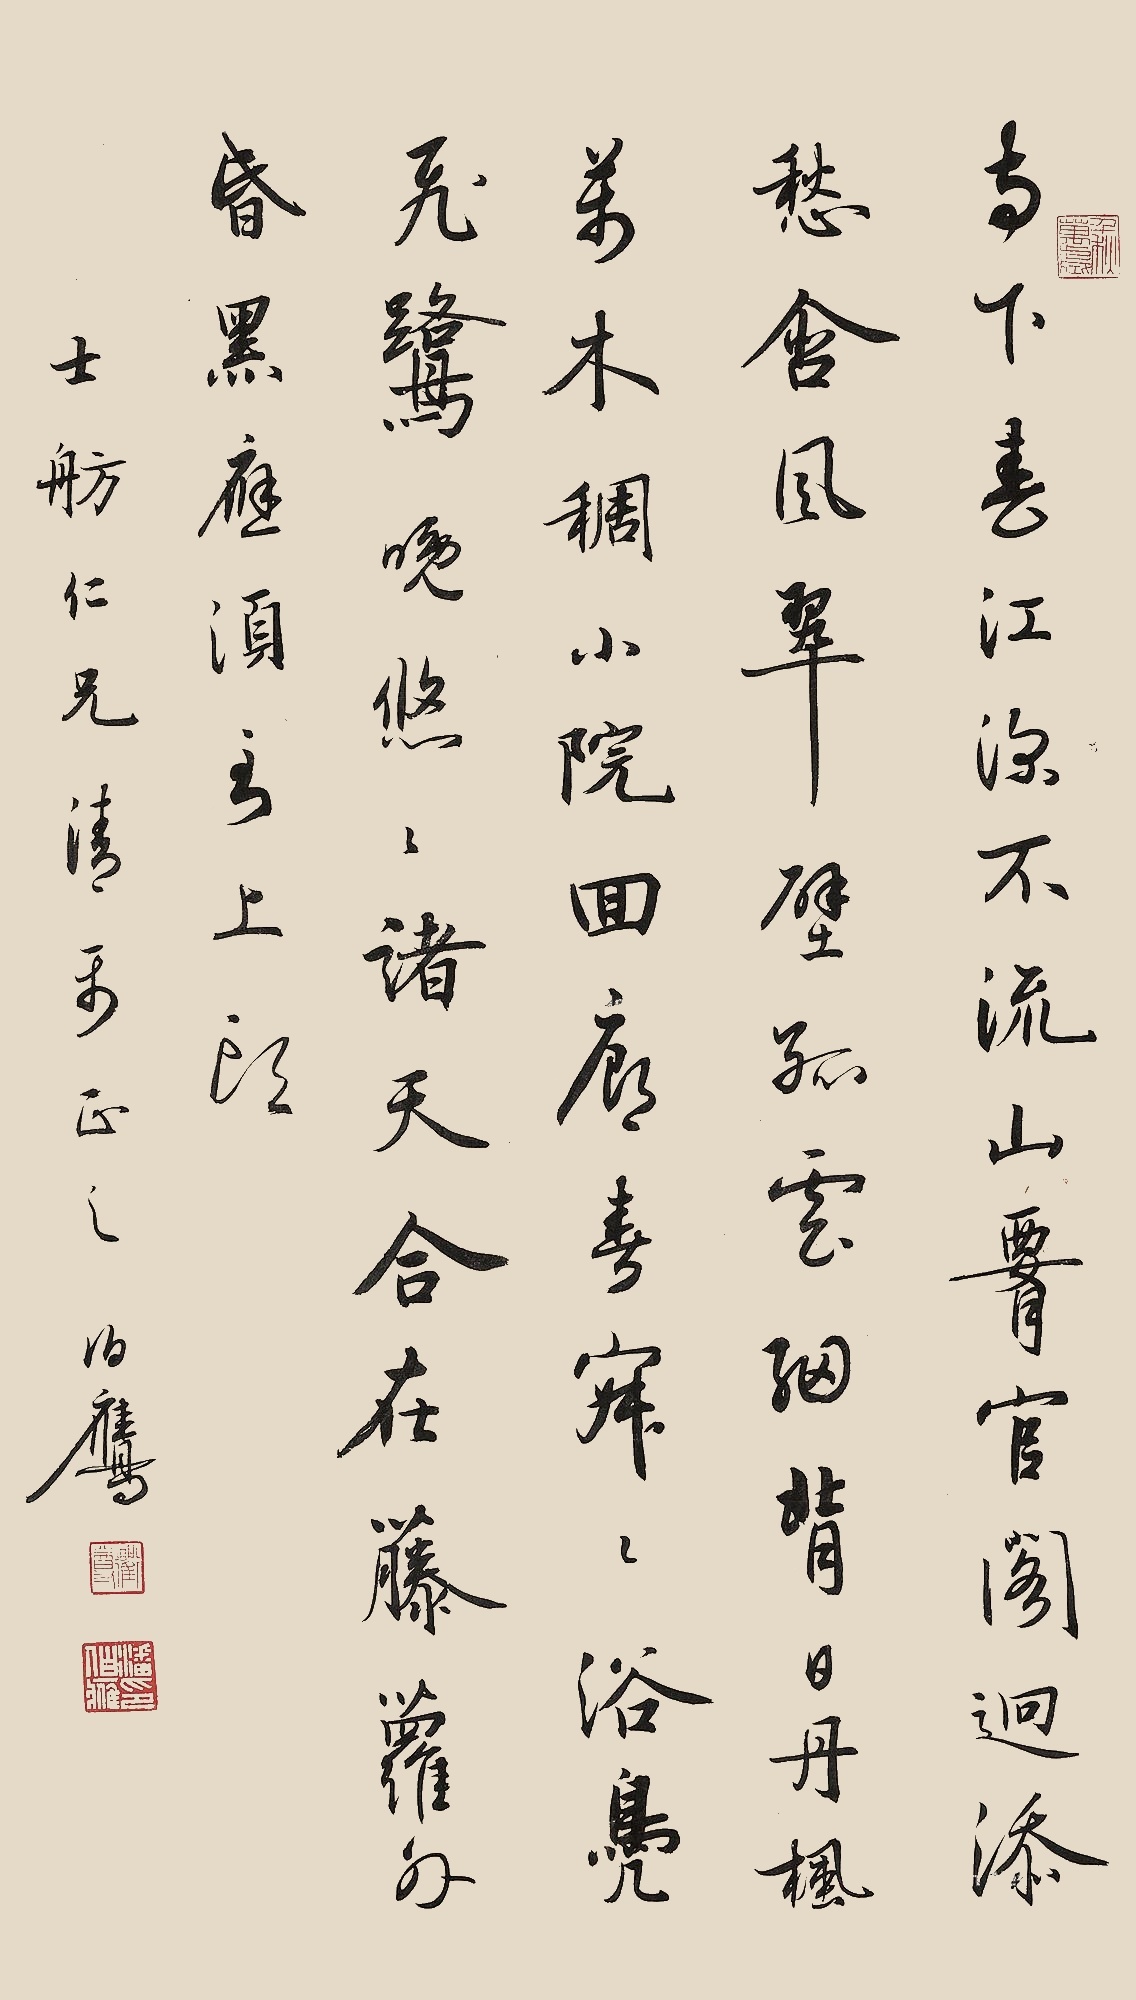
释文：寺下春江深不流，山腰官阁迥添愁。含风翠壁孤云细，背日丹枫万木稠。小院回廊春寂寂，浴凫飞鹭晚悠悠。诸天合在藤萝外，昏黑应须到上头。士舫仁兄清属正之，伯鹰。